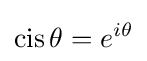
\operatorname {cis} \theta =e^{i\theta }